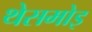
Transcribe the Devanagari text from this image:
थेसमोइ